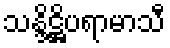
သန္ဒိဋ္ဌိပရာမာသီ